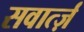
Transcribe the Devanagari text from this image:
सवार्त्ज़